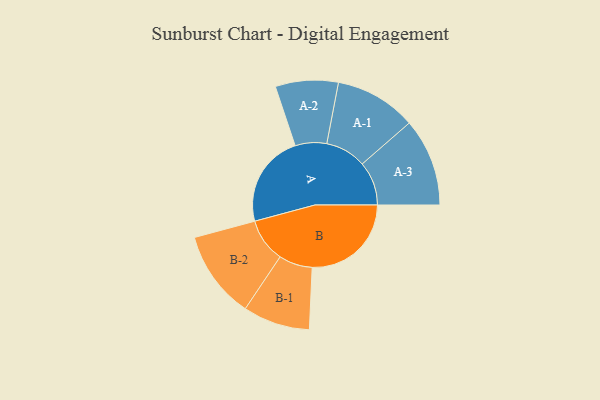
{"axis": {"x": "Segment", "y": "Value"}, "legend": ["", "A", "B"], "data": [{"x": "A", "y": 445, "type": ""}, {"x": "B", "y": 476, "type": ""}, {"x": "A-1", "y": 196, "type": "A"}, {"x": "A-2", "y": 151, "type": "A"}, {"x": "A-3", "y": 211, "type": "A"}, {"x": "B-1", "y": 161, "type": "B"}, {"x": "B-2", "y": 211, "type": "B"}]}